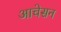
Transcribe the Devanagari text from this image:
आचेसन